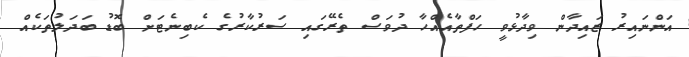
އަންނައިރު ޒައިދާން ވިދާޅުވީ ހަފްތާއެއްހާ ދުވަސް ތެރޭގައި ސަރުކާރުގެ ކެބިނެޓަށް ބޮޑު ބަދަލުތަކެއް